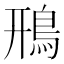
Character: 鳽